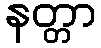
နတ္တာ